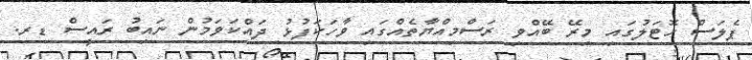
ޕެލަސް ހޮޓަލުގައި މިރޭ ބޭއްވި ރަސްމިއްޔާތެއްގައި ވާހަކަފުޅު ދައްކަވަމުން ނައިބު ރައީސް ޑރ.